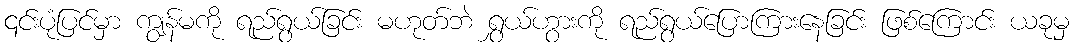
၎င်းပုံပြင်မှာ ကျွန်မကို ရည်ရွယ်ခြင်း မဟုတ်ဘဲ ရွှယ်ဟွားကို ရည်ရွယ်ပြောကြားနေခြင်း ဖြစ်ကြောင်း ယခုမှ